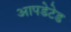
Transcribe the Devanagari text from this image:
आपडेटेड